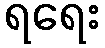
ရရေး